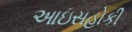
આઇસહોકી